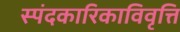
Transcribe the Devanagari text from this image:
स्पंदकारिकाविवृत्ति